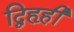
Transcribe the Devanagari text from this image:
द्विहृही